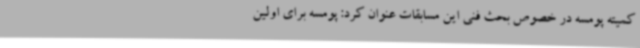
کمیته پومسه در خصوص بحث فنی این مسابقات عنوان کرد: پومسه برای اولین